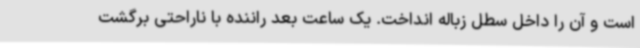
است و آن را داخل سطل زباله انداخت. یک ساعت بعد راننده با ناراحتی برگشت